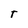
Character: T